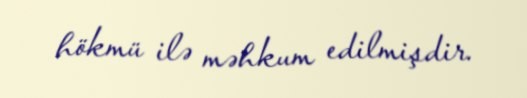
hökmü ilə məhkum edilmişdir.